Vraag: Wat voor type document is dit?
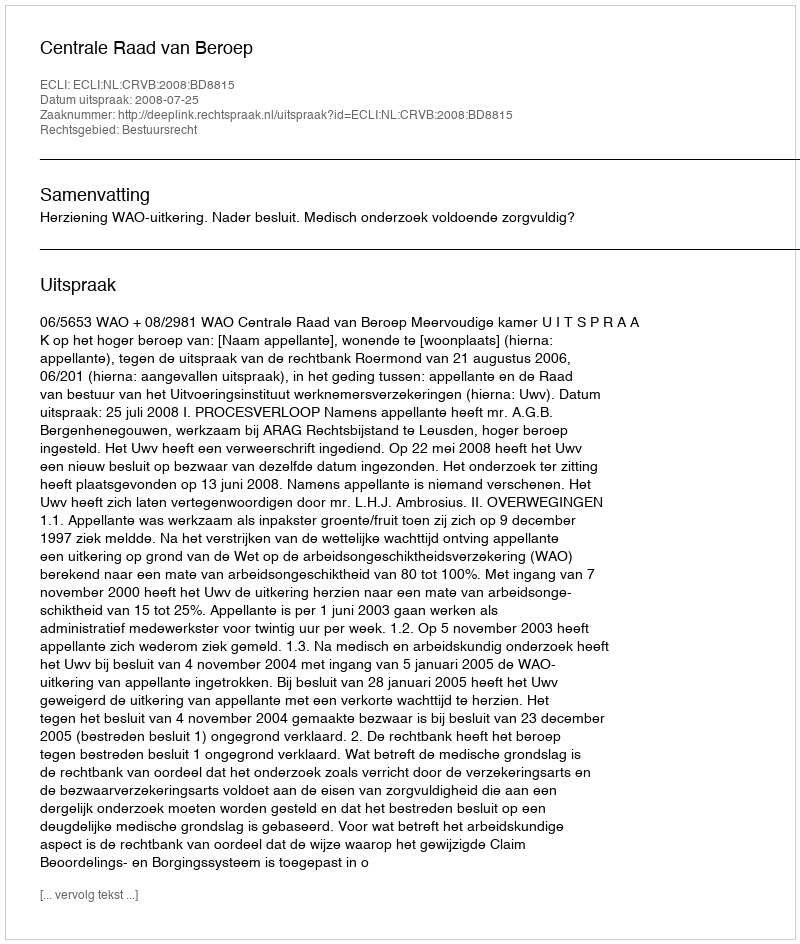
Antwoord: Uitspraak